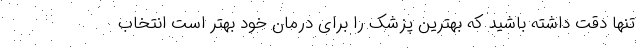
تنها دقت داشته باشید که بهترین پزشک را برای درمان خود بهتر است انتخاب